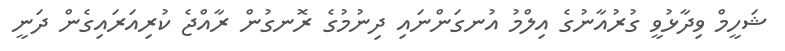
ޝަހީމް ވިދާޅުވީ ގުރުއާނުގެ އިލްމު އުނގަންނައި ދިނުމުގެ ރޮނގުން ރާއްޖެ ކުރިއަރައިގެން ދަނީ